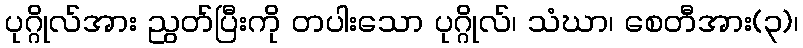
ပုဂ္ဂိုလ်အား ညွတ်ပြီးကို တပါးသော ပုဂ္ဂိုလ်၊ သံဃာ၊ စေတီအား(၃)၊